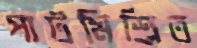
পাটমিশ্রিত